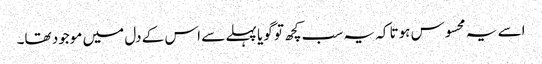
اسے یہ محسوس ہوتا کہ یہ سب کچھ تو گویا پہلے سے اس کے دل میں موجود تھا۔